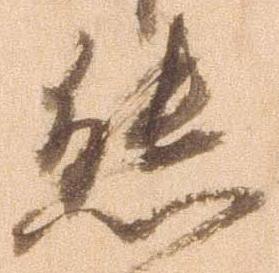
態